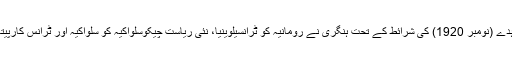
ہنگری نے بھی، جو دوہری بادشاہت کا دوسرا حصہ تھا، آزادی حاصل کر لی: ٹریانن کے معاہدے (نومبر 1920) کی شرائط کے تحت ہنگری نے رومانیہ کو ٹرانسیلوینیا، نئی ریاست چیکوسلواکیہ کو سلواکیہ اور ٹرانس کارپیتھین روس؛ اور مستقبل میں قائم ہونے والے یوگوسلاویہ کو ہنگری کی دوسری زمینیں دے دیں۔